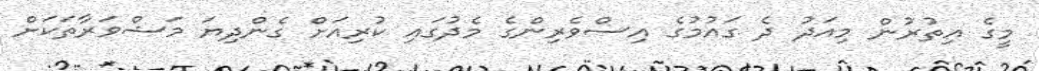
މީގެ އިތުރުން މިއަދު ދެ ގައުމުގެ އިސްވެރިންގެ މެދުގައި ކުރިއަށް ގެންދިޔަ މަޝްވަރާތަކަށް